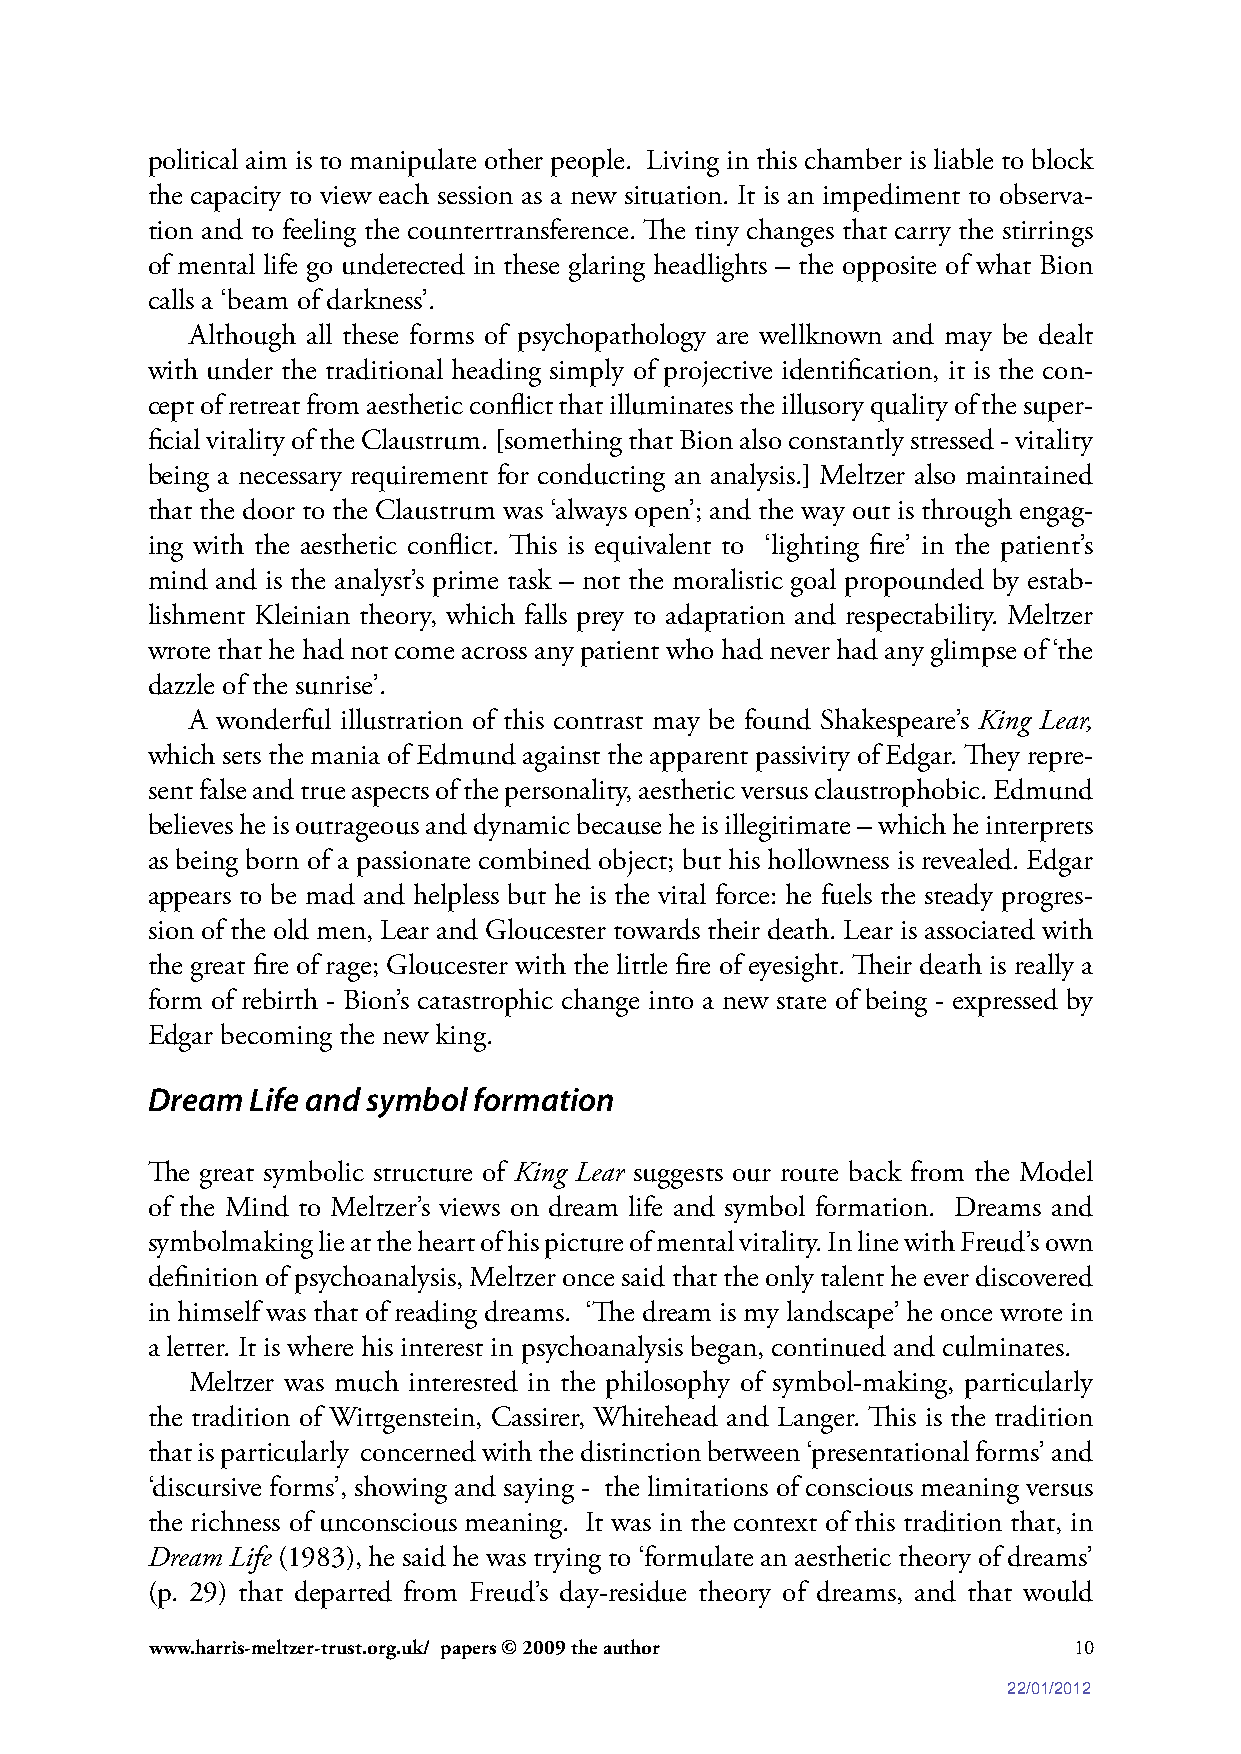
political aim is to manipulate other people. Living in this chamber is liable to block
 the capacity to view each session as a new situation. It is an impediment to observa-
 tion and to feeling the countertransference. The tiny changes that carry the stirrings
 of mental life go undetected in these glaring headlights – the opposite of what Bion
 calls a ‘beam of darkness’.
 Although all these forms of psychopathology are wellknown and may be dealt
 with under the traditional heading simply of projective identification, it is the con-
 cept of retreat from aesthetic conflict that illuminates the illusory quality of the super-
 ficial vitality of the Claustrum. [something that Bion also constantly stressed - vitality
 being a necessary requirement for conducting an analysis.] Meltzer also maintained
 that the door to the Claustrum was ‘always open’; and the way out is through engag-
 ing with the aesthetic conflict. This is equivalent to ‘lighting fire’ in the patient’s
 mind and is the analyst’s prime task – not the moralistic goal propounded by estab-
 lishment Kleinian theory, which falls prey to adaptation and respectability. Meltzer
 wrote that he had not come across any patient who had never had any glimpse of ‘the
 dazzle of the sunrise’.
 A wonderful illustration of this contrast may be found Shakespeare’s King Lear,
 which sets the mania of Edmund against the apparent passivity of Edgar. They repre-
 sent false and true aspects of the personality, aesthetic versus claustrophobic. Edmund
 believes he is outrageous and dynamic because he is illegitimate – which he interprets
 as being born of a passionate combined object; but his hollowness is revealed. Edgar
 appears to be mad and helpless but he is the vital force: he fuels the steady progres-
 sion of the old men, Lear and Gloucester towards their death. Lear is associated with
 the great fire of rage; Gloucester with the little fire of eyesight. Their death is really a
 form of rebirth - Bion’s catastrophic change into a new state of being - expressed by
 Edgar becoming the new king.
 Dream Life and symbol formation
 The great symbolic structure of King Lear suggests our route back from the Model
 of the Mind to Meltzer’s views on dream life and symbol formation. Dreams and
 symbolmaking lie at the heart of his picture of mental vitality. In line with Freud’s own
 definition of psychoanalysis, Meltzer once said that the only talent he ever discovered
 in himself was that of reading dreams. ‘The dream is my landscape’ he once wrote in
 a letter. It is where his interest in psychoanalysis began, continued and culminates.
 Meltzer was much interested in the philosophy of symbol-making, particularly
 the tradition of Wittgenstein, Cassirer, Whitehead and Langer. This is the tradition
 that is particularly concerned with the distinction between ‘presentational forms’ and
 ‘discursive forms’, showing and saying - the limitations of conscious meaning versus
 the richness of unconscious meaning. It was in the context of this tradition that, in
 Dream Life (1983), he said he was trying to ‘formulate an aesthetic theory of dreams’
 (p. 29) that departed from Freud’s day-residue theory of dreams, and that would
 www.harris-meltzer-trust.org.uk/ papers © 2009 the author    10
 22/01/2012